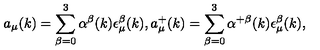
a _ { \mu } ( k ) = \sum _ { \beta = 0 } ^ { 3 } \alpha ^ { \beta } ( k ) \epsilon _ { \mu } ^ { \beta } ( k ) , a _ { \mu } ^ { + } ( k ) = \sum _ { \beta = 0 } ^ { 3 } \alpha ^ { + \beta } ( k ) \epsilon _ { \mu } ^ { \beta } ( k ) ,